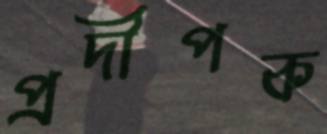
প্রদীপক